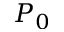
P _ { 0 }